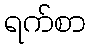
ရက်စာ